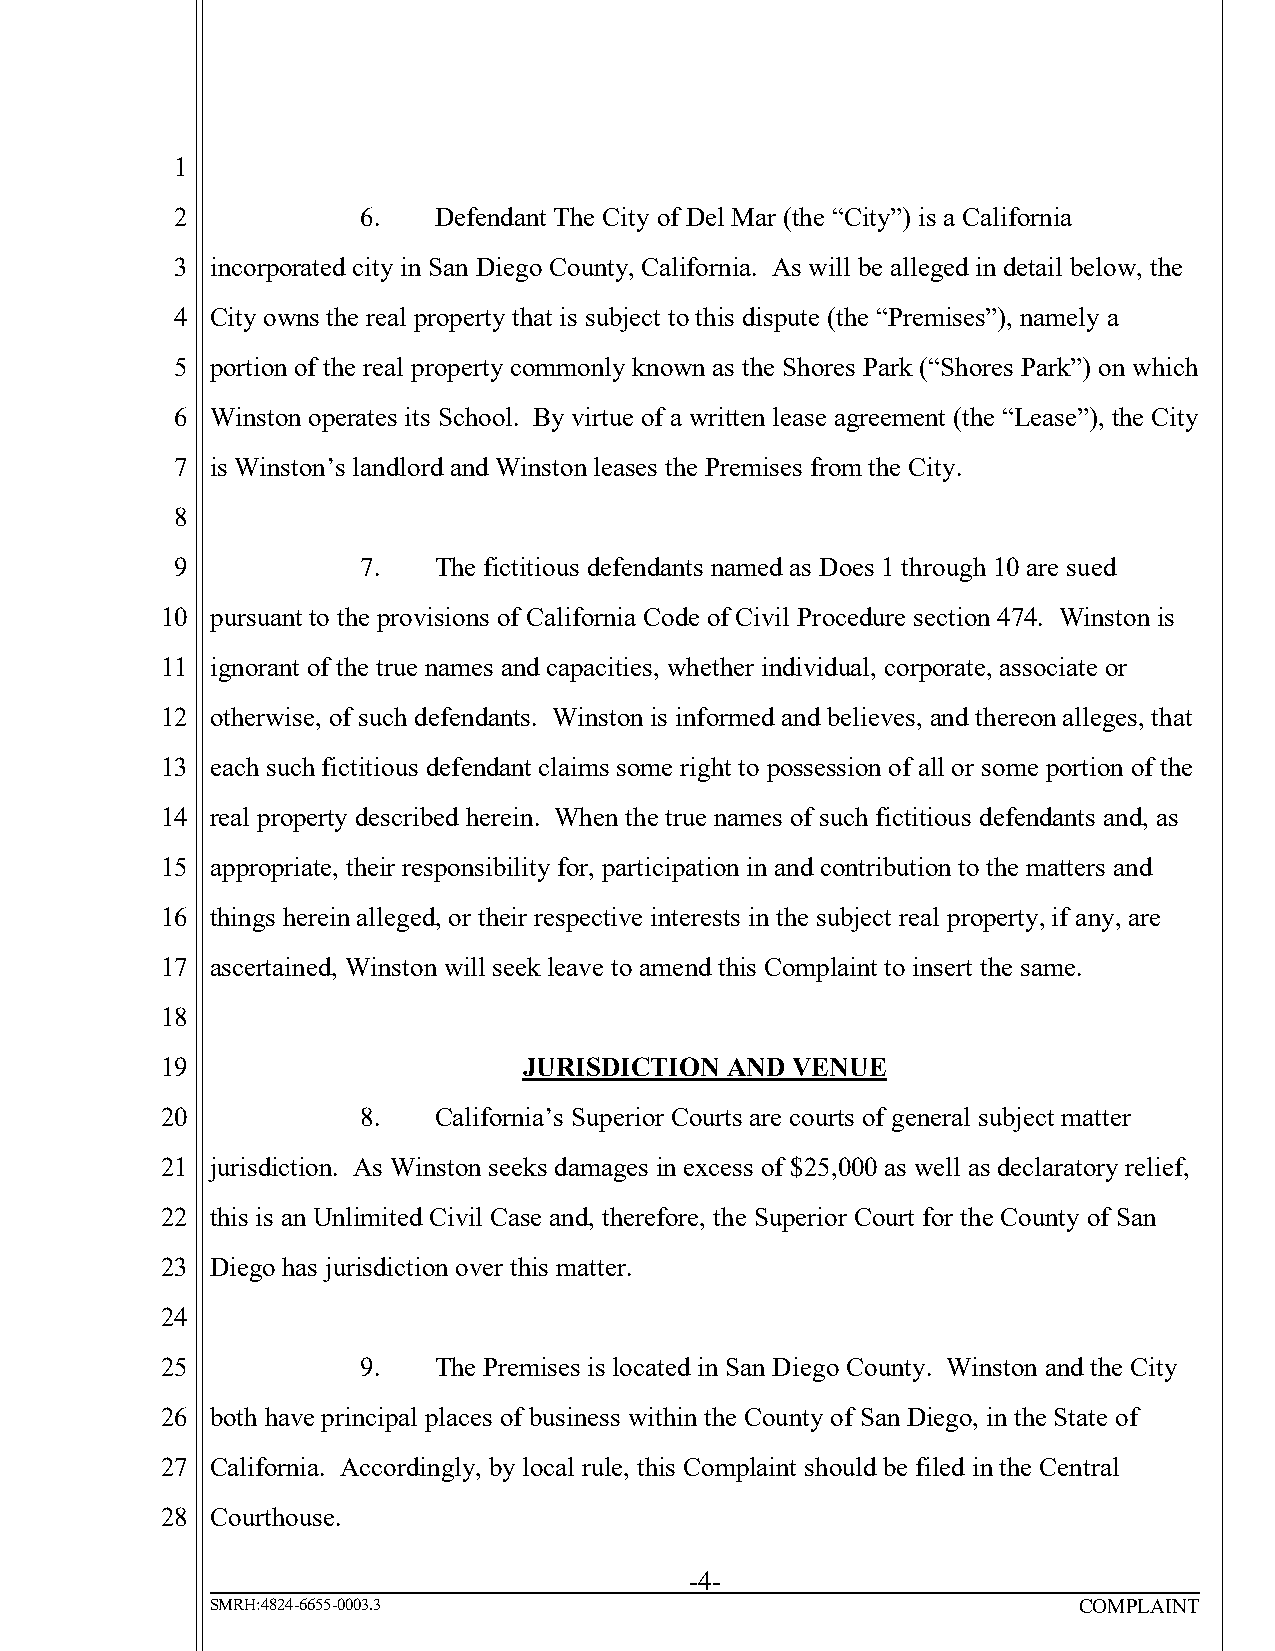
1
 2           6.   Defendant The City of Del Mar (the “City”) is a California
 3 incorporated city in San Diego County, California. As will be alleged in detail below, the
 4 City owns the real property that is subject to this dispute (the “Premises”), namely a
 5 portion of the real property commonly known as the Shores Park (“Shores Park”) on which
 6 Winston operates its School. By virtue of a written lease agreement (the “Lease”), the City
 7 is Winston’s landlord and Winston leases the Premises from the City.
 8
 9           7.   The fictitious defendants named as Does 1 through 10 are sued
 10 pursuant to the provisions of California Code of Civil Procedure section 474. Winston is
 11 ignorant of the true names and capacities, whether individual, corporate, associate or
 12 otherwise, of such defendants. Winston is informed and believes, and thereon alleges, that
 13 each such fictitious defendant claims some right to possession of all or some portion of the
 14 real property described herein. When the true names of such fictitious defendants and, as
 15 appropriate, their responsibility for, participation in and contribution to the matters and
 16 things herein alleged, or their respective interests in the subject real property, if any, are
 17 ascertained, Winston will seek leave to amend this Complaint to insert the same.
 18
 19                      JURISDICTION AND VENUE
 20           8.   California’s Superior Courts are courts of general subject matter
 21 jurisdiction. As Winston seeks damages in excess of $25,000 as well as declaratory relief,
 22 this is an Unlimited Civil Case and, therefore, the Superior Court for the County of San
 23 Diego has jurisdiction over this matter.
 24
 25           9.   The Premises is located in San Diego County. Winston and the City
 26 both have principal places of business within the County of San Diego, in the State of
 27 California. Accordingly, by local rule, this Complaint should be filed in the Central
 28 Courthouse.
 -4-
 SMRH:4824-6655-0003.3                                    COMPLAINT